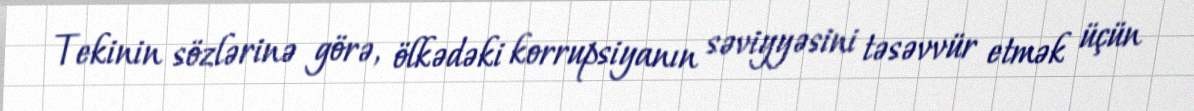
Tekinin sözlərinə görə, ölkədəki korrupsiyanın səviyyəsini təsəvvür etmək üçün